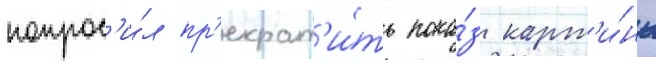
попрос'и́л пр'екрат'и́ть пока́з карт'и́ны